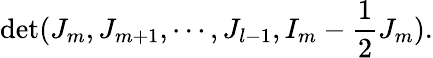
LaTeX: \operatorname*{det}(J_{m},J_{m+1},\cdots,J_{l-1},I_{m}-\frac{1}{2}J_{m}).